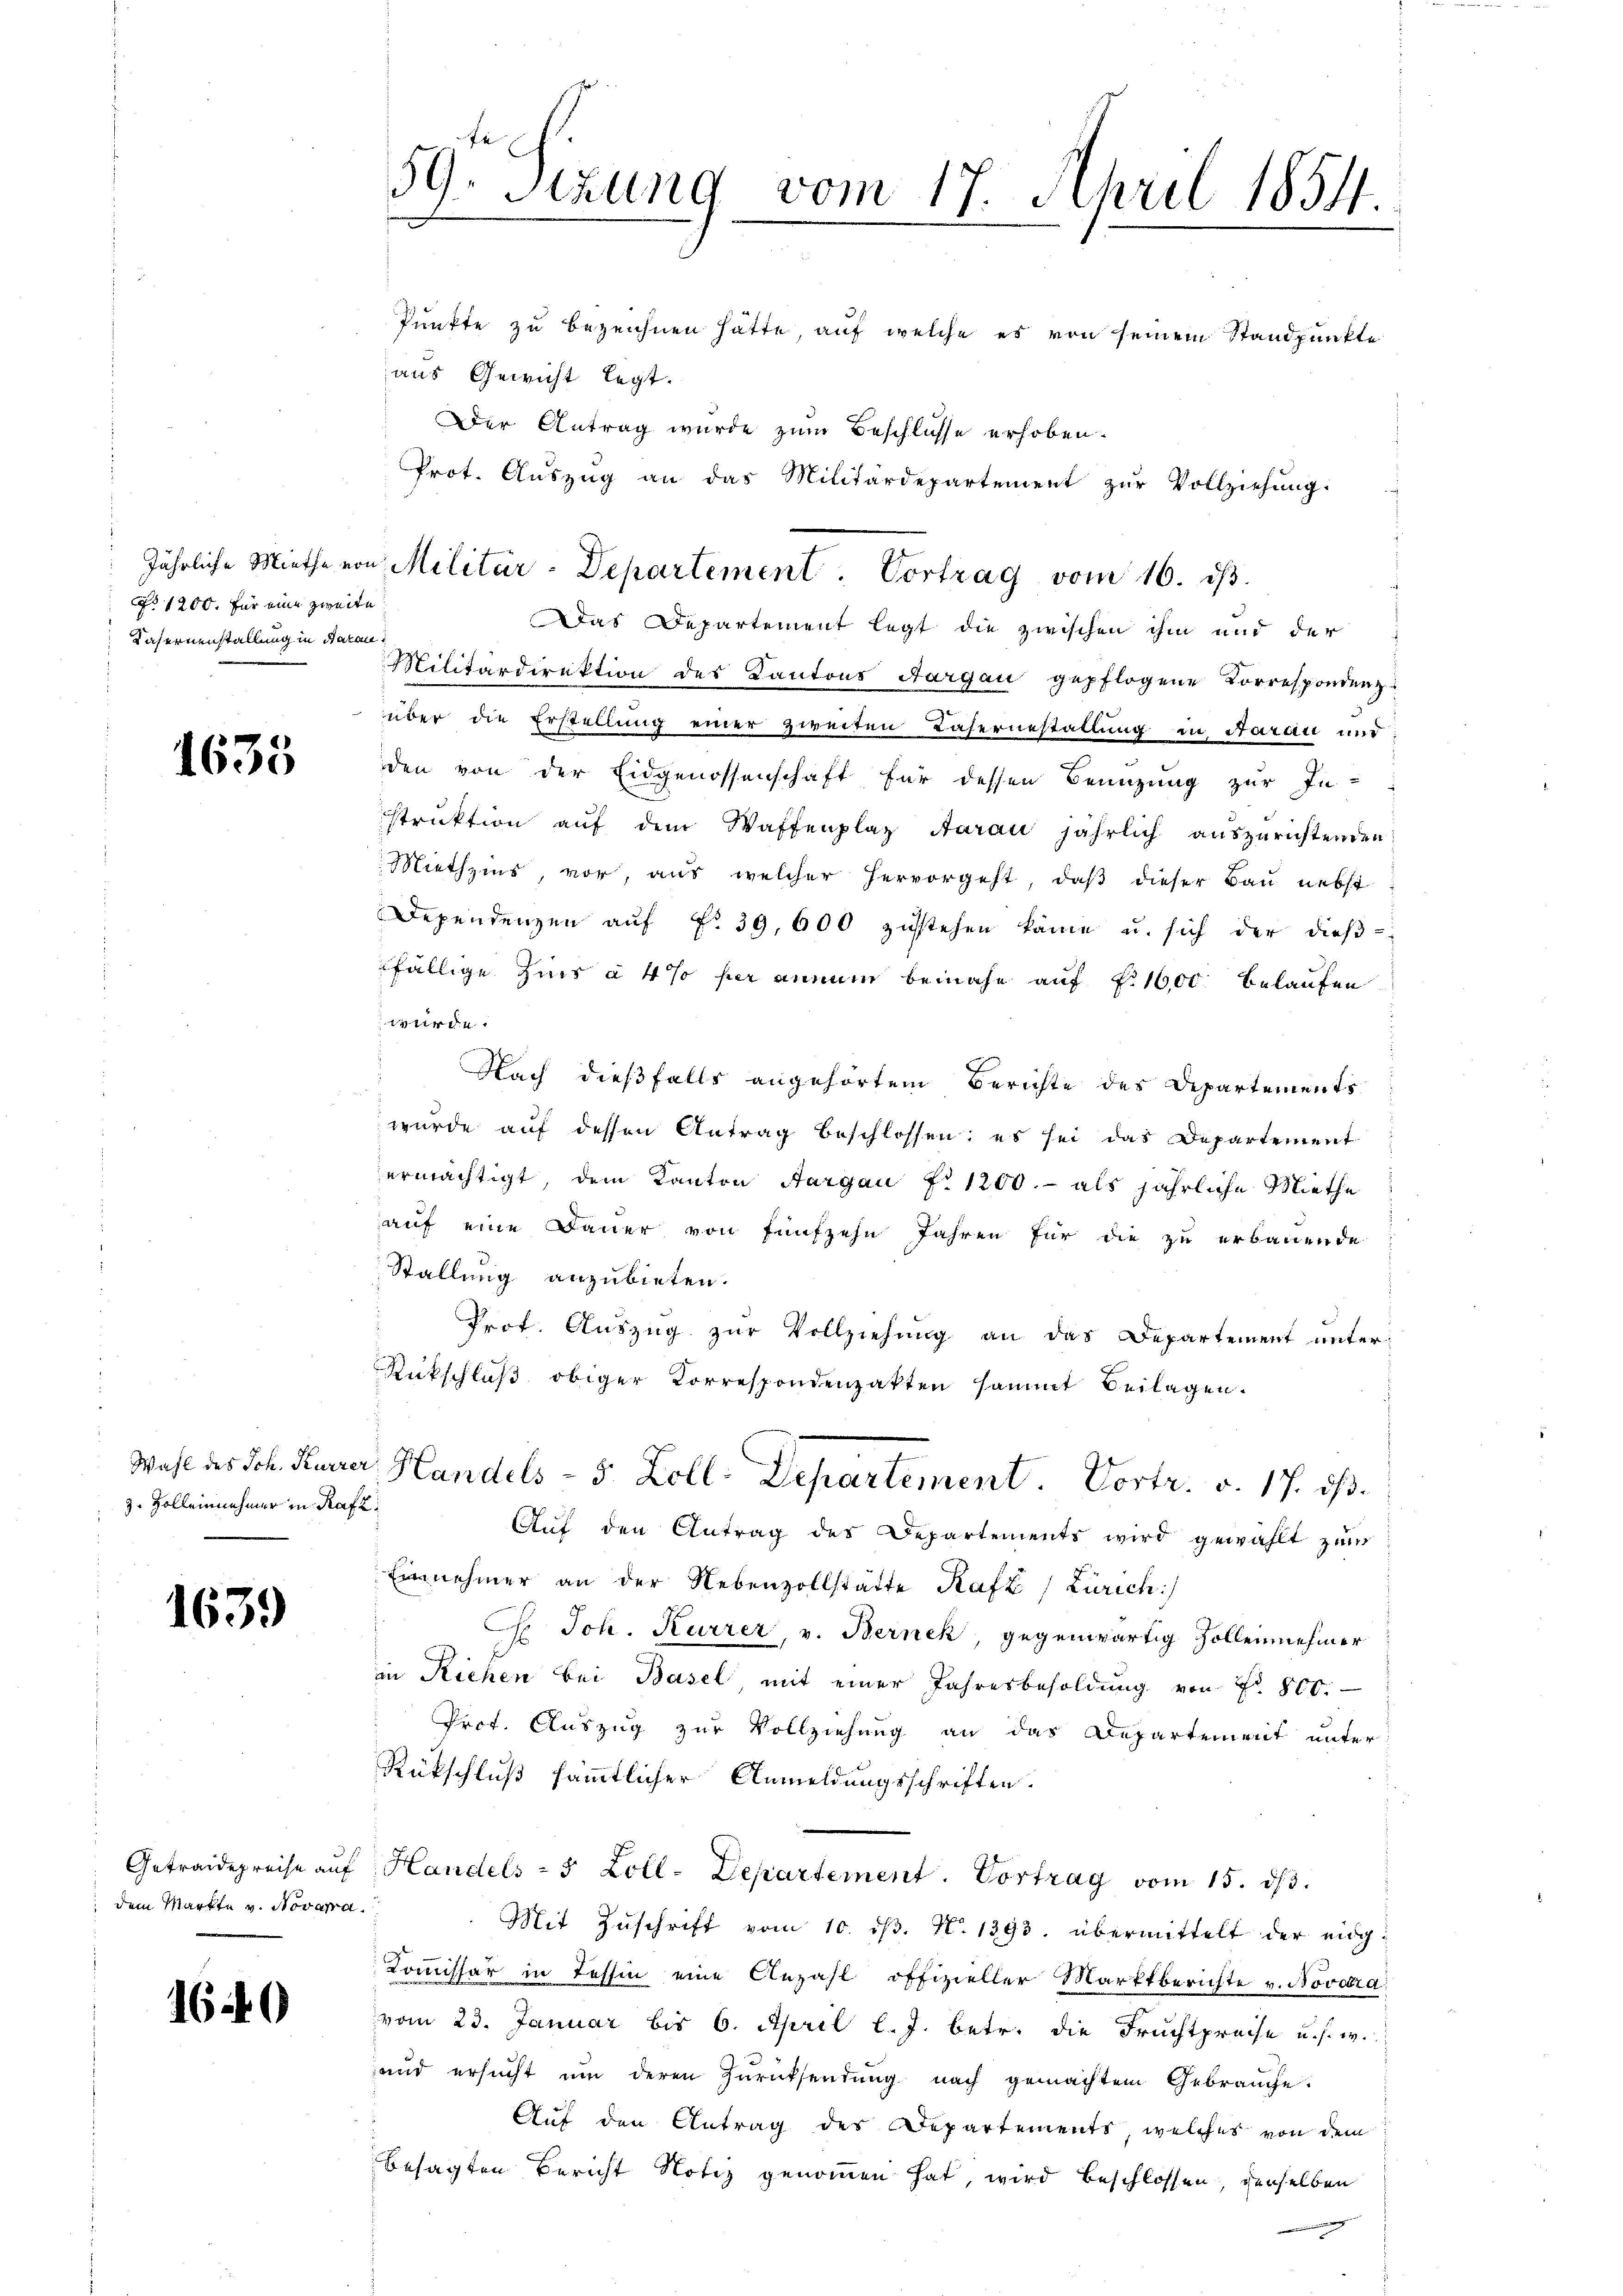
No 1200. für eine zweite
Casernenstallung in darau

1635

3. Zolleinnehmer in Rafz

1639

dem Markte v. Novata.

1640

59. Sizung vom 17. April 1854.

Punkte zu bezeichnen hätte, auf welche es von seinem Standpunkte
aus Gewicht legt.
Der Antrag wurde zum Beschlüsse erhoben.
Das Departement legt die zwischen ihm und der
Militärdirektion des Kantons Aargau gepflogene Korrespondenz
über die Erstellung einer zweiten Faseruestallung in Aarau und
den von der Eidgenossenschaft für dessen Benuzung zur In-
struktion aŭf dem Waffenplaz daran jährlich aŭszŭrichtenden
Miethzins, vor, aus welcher hervorgeht, daß dieser Bau nebst
Dependenzen auf No 39,600 zustehen käme u. sich der dießfällige Zins à 4% her annum beinahe auf f. 1600 belaufen
würde.
Nach dießfalls angehörtem Berichte des Departements
wurde auf dessen Antrag beschlossen; es sei das Departement
ermächtigt, dem Kanton Aargau f 1200.- als jährliche Miethe
auf eine Dauer von fünfzehn Jahren für die zu erbauende
Stallung anzubieten.
Prof. Auszug zur Vollziehung an das Departement unter¬
Rückschluβ obiger Correspondenzakten sammt Beilagen.
Wahl des Joh. Kuner, Handels- 5 Zoll-Departement. Vortr. v. 17. ds.
Aŭf den Antrag des Departements wird gewählt zum
Einnehmer an der Nebenzollstätte Rafz (Zürich
C Joh. Kurrer, v. Bernek, gegenwärtig Zollennehmer
in Richen bei Basel mit einer Jahresbesoldung von Fr. 800.
Prof. Auszug zur Vollziehung an das Departement unter
Rückschluß sämmtlicher Anmeldungsschriften.
Getraidepreise auf Handels- 5 Zoll-Departement. Vortrag vom 15. ds.
Mit Zŭschrift vom 10. dβ. N. 1393. übermittelt der eidg¬
Kommissär in Tessin eine Anzahl offizieller Marktberichte v. Novera
vom 23. Januar bis 6. April l. J. betr. die Fruchtpreise u. s. w.
und ersucht ŭm deren Zurücksendung nach gemachtem Gebrauche.
Auf den Antrag des Departements, welches von dem
besagten Bericht Notiz genommen hat, wird beschlossen, derselben

Prot. Auszug an das Militärdepartement zur Vollziehung:
jährliche Miethe von Militär-Departement. Vortrag vom 16. ist.